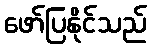
ဖော်ပြနိုင်သည်